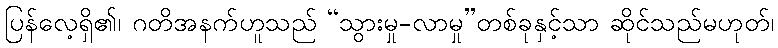
ပြန်လေ့ရှိ၏၊ ဂတိအနက်ဟူသည် “သွားမှု-လာမှု”တစ်ခုနှင့်သာ ဆိုင်သည်မဟုတ်၊